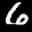
Label: 6